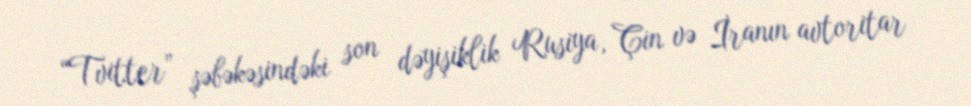
“Tvitter” şəbəkəsindəki son dəyişiklik Rusiya, Çin və İranın avtoritar